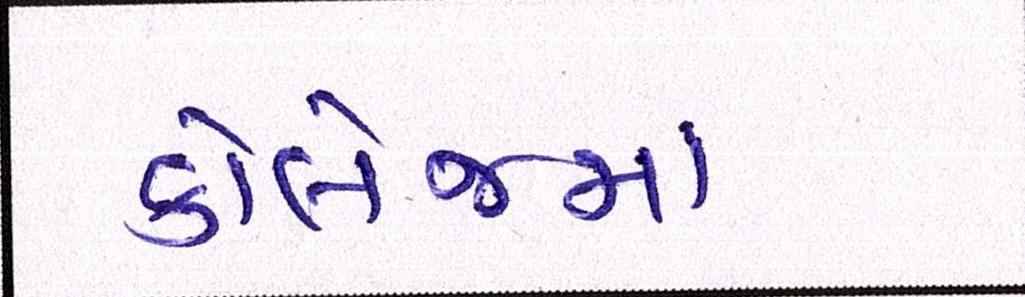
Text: કૉલેજમાં